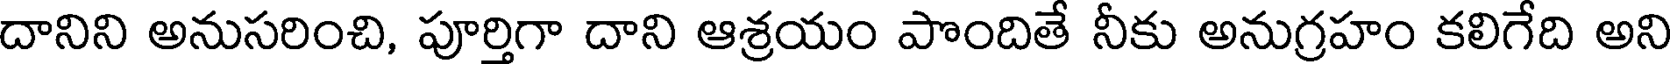
దానిని అనుసరించి, పూర్తిగా దాని ఆశ్రయం పొందితే నీకు అనుగ్రహం కలిగేది అని